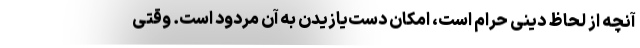
آنچه از لحاظ دینی حرام است، امکان دست‌یازیدن به آن مردود است. وقتی